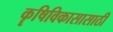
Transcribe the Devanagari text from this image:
कॄषिविकासासाठी